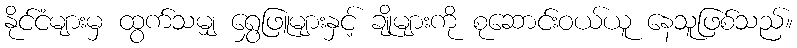
နိုင်ငံများမှ ထွက်သမျှ ရွှေဖြူများနှင့် ချိုများကို စုဆောင်းဝယ်ယူ နေသူဖြစ်သည်။